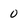
Character: 0